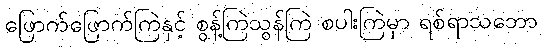
ဖြောက်ဖြောက်ကြဲနှင့် စွန့်ကြဲသွန်ကြဲ စပါးကြဲမှာ ရစ်ရာသဘော